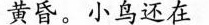
黄昏.小鸟还在